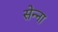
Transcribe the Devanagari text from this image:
सेन्‍ना